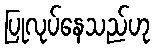
ပြုလုပ်နေသည်ဟု